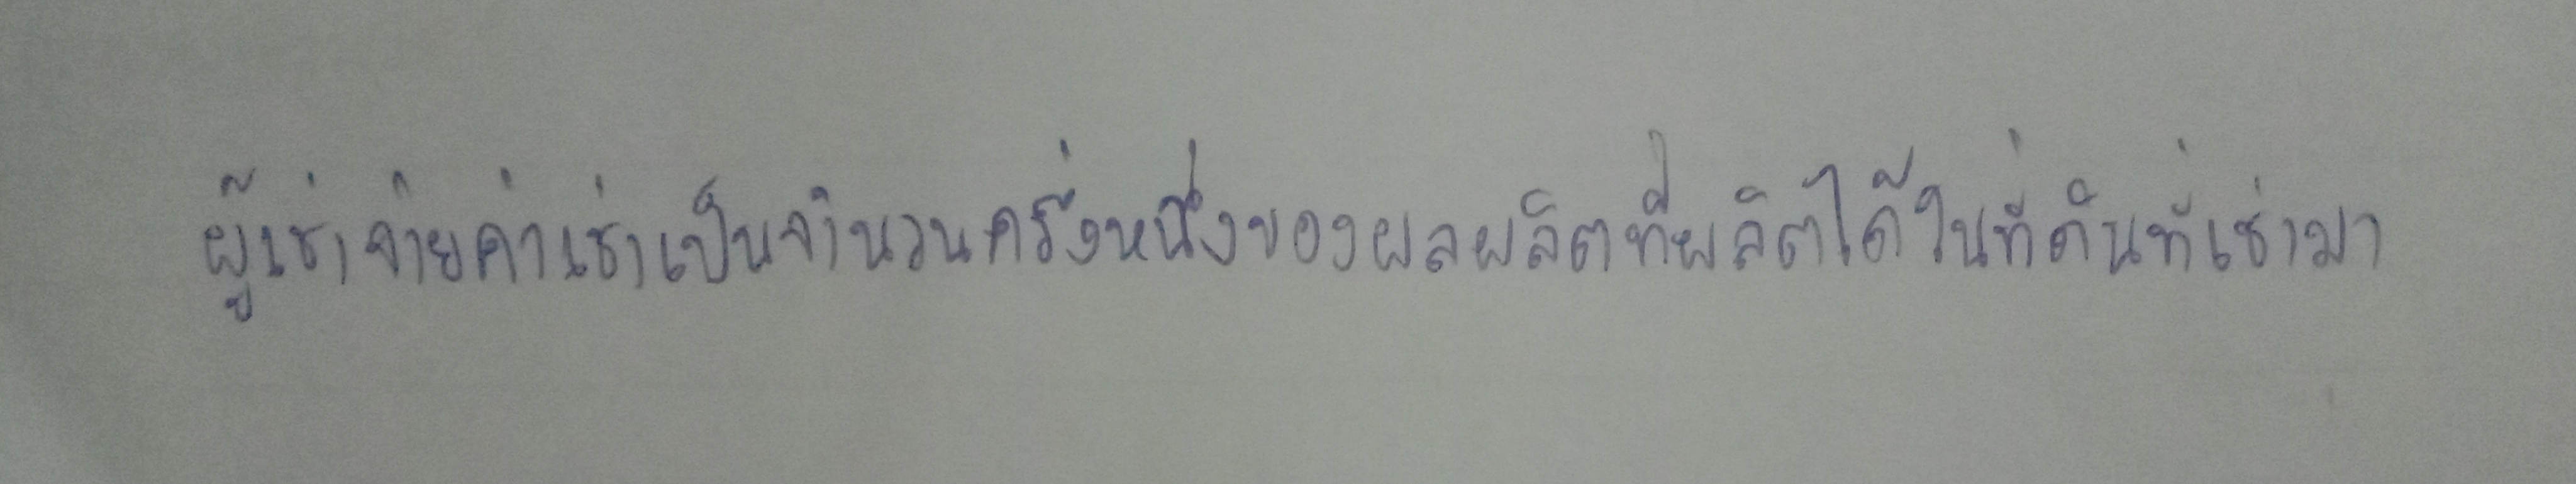
ผู้เช่าจ่ายค่าเช่าเป็นจำนวนครึ่งหนึ่งของผลผลิตที่ผลิตได้ในที่ดินที่เช่ามา